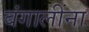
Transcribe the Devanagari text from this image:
बंगालींना